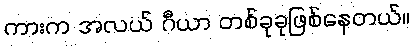
ကားက အလယ် ဂီယာ တစ်ခုခုဖြစ်နေတယ်။